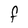
Character: F